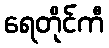
ရေတိုင်ကီ